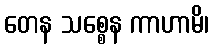
တေန သစ္စေန ကာဟာမိ၊